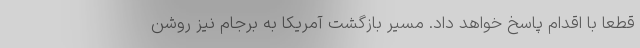
قطعاً با اقدام پاسخ خواهد داد. مسیر بازگشت آمریکا به برجام نیز روشن